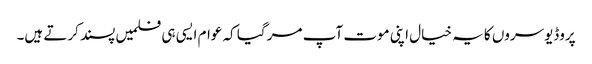
پروڈیوسروں کا یہ خیال اپنی موت آپ مر گیا کہ عوام ایسی ہی فلمیں پسند کرتے ہیں۔